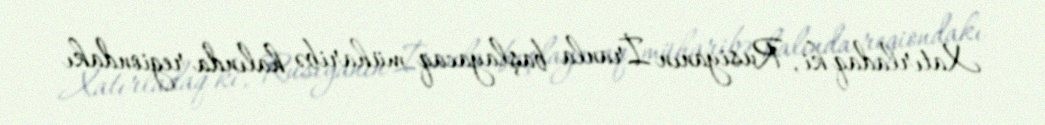
Xatırladaq ki, Rusiyanın İranla başlayacaq müharibə halında regiondakı